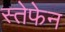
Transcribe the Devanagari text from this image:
स्तेफेन